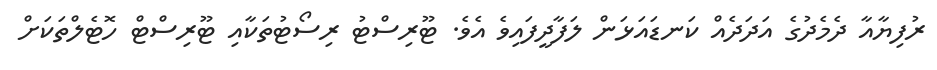
ރުފިޔާއާ ދެމެދުގެ އަދަދެއް ކަނޑައަޅަން ލަފާދީފައިވެ އެވެ. ޓޫރިސްޓު ރިސޯޓުތަކާއި ޓޫރިސްޓް ހޮޓެލްތަކަށް